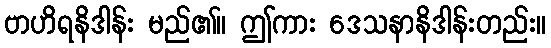
ဗာဟိရနိဒါန်း မည်၏။ ဤကား ဒေသနာနိဒါန်းတည်း။